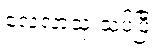
လေ့လာသုံးသပ်ပြီး